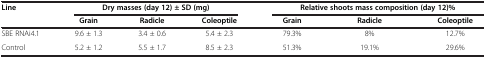
| <ROWSPAN=2> Line | <COLSPAN=3> Dry masses (day 12) ± SD (mg) | <COLSPAN=3> Relative shoots mass composition (day 12)% |
 | Grain | Radicle | Coleoptile | Grain | Radicle | Coleoptile |
 | --- | --- | --- | --- | --- | --- | --- |
 | SBE RNAi4.1 | 9.6 ± 1.3 | 3.4 ± 0.6 | 5.4 ± 2.3 | 79.3% | 8% | 12.7% |
 | Control | 5.2 ± 1.2 | 5.5 ± 1.7 | 8.5 ± 2.3 | 51.3% | 19.1% | 29.6% |